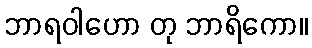
ဘာရဝါဟော တု ဘာရိကော။